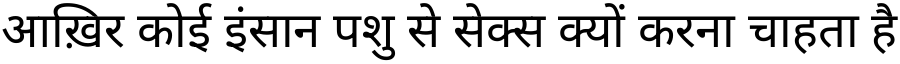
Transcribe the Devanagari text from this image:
आख़िर कोई इंसान पशु से सेक्स क्यों करना चाहता है